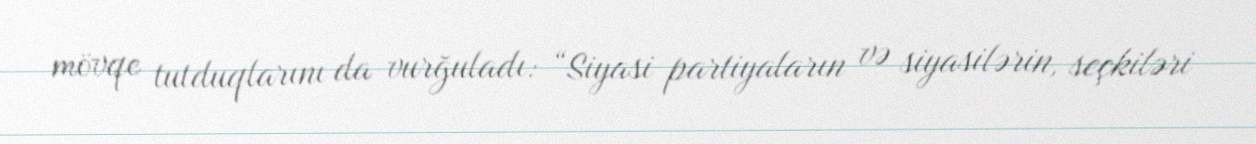
mövqe tutduqlarını da vurğuladı: “Siyasi partiyaların və siyasilərin, seçkiləri